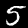
Digit: 5